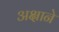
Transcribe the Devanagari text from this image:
अक्षाने